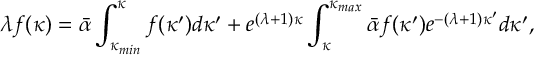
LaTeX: \lambda f ( \kappa ) = \bar { \alpha } \int _ { \kappa _ { m i n } } ^ { \kappa } f ( \kappa ^ { \prime } ) d \kappa ^ { \prime } + e ^ { ( \lambda + 1 ) \kappa } \int _ { \kappa } ^ { \kappa _ { m a x } } \bar { \alpha } f ( \kappa ^ { \prime } ) e ^ { - ( \lambda + 1 ) \kappa ^ { \prime } } d \kappa ^ { \prime } ,